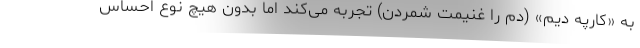
به «کارپه دیم» (دم را غنیمت شمردن) تجربه می‌کند اما بدون هیچ نوع احساس